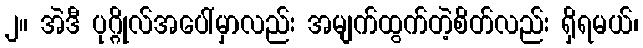
၂။ အဲဒီ ပုဂ္ဂိုလ်အပေါ်မှာလည်း အမျက်ထွက်တဲ့စိတ်လည်း ရှိရမယ်၊